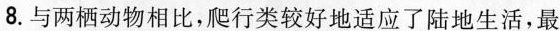
8.与两栖动物相比，爬行类较好地适应了陆地生活，最